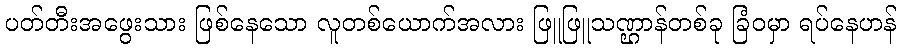
ပတ်တီးအဖွေးသား ဖြစ်နေသော လူတစ်ယောက်အလား ဖြူဖြူသဏ္ဌာန်တစ်ခု ခြံဝမှာ ရပ်နေဟန်